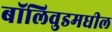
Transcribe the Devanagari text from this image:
बॉलिवुडमधील